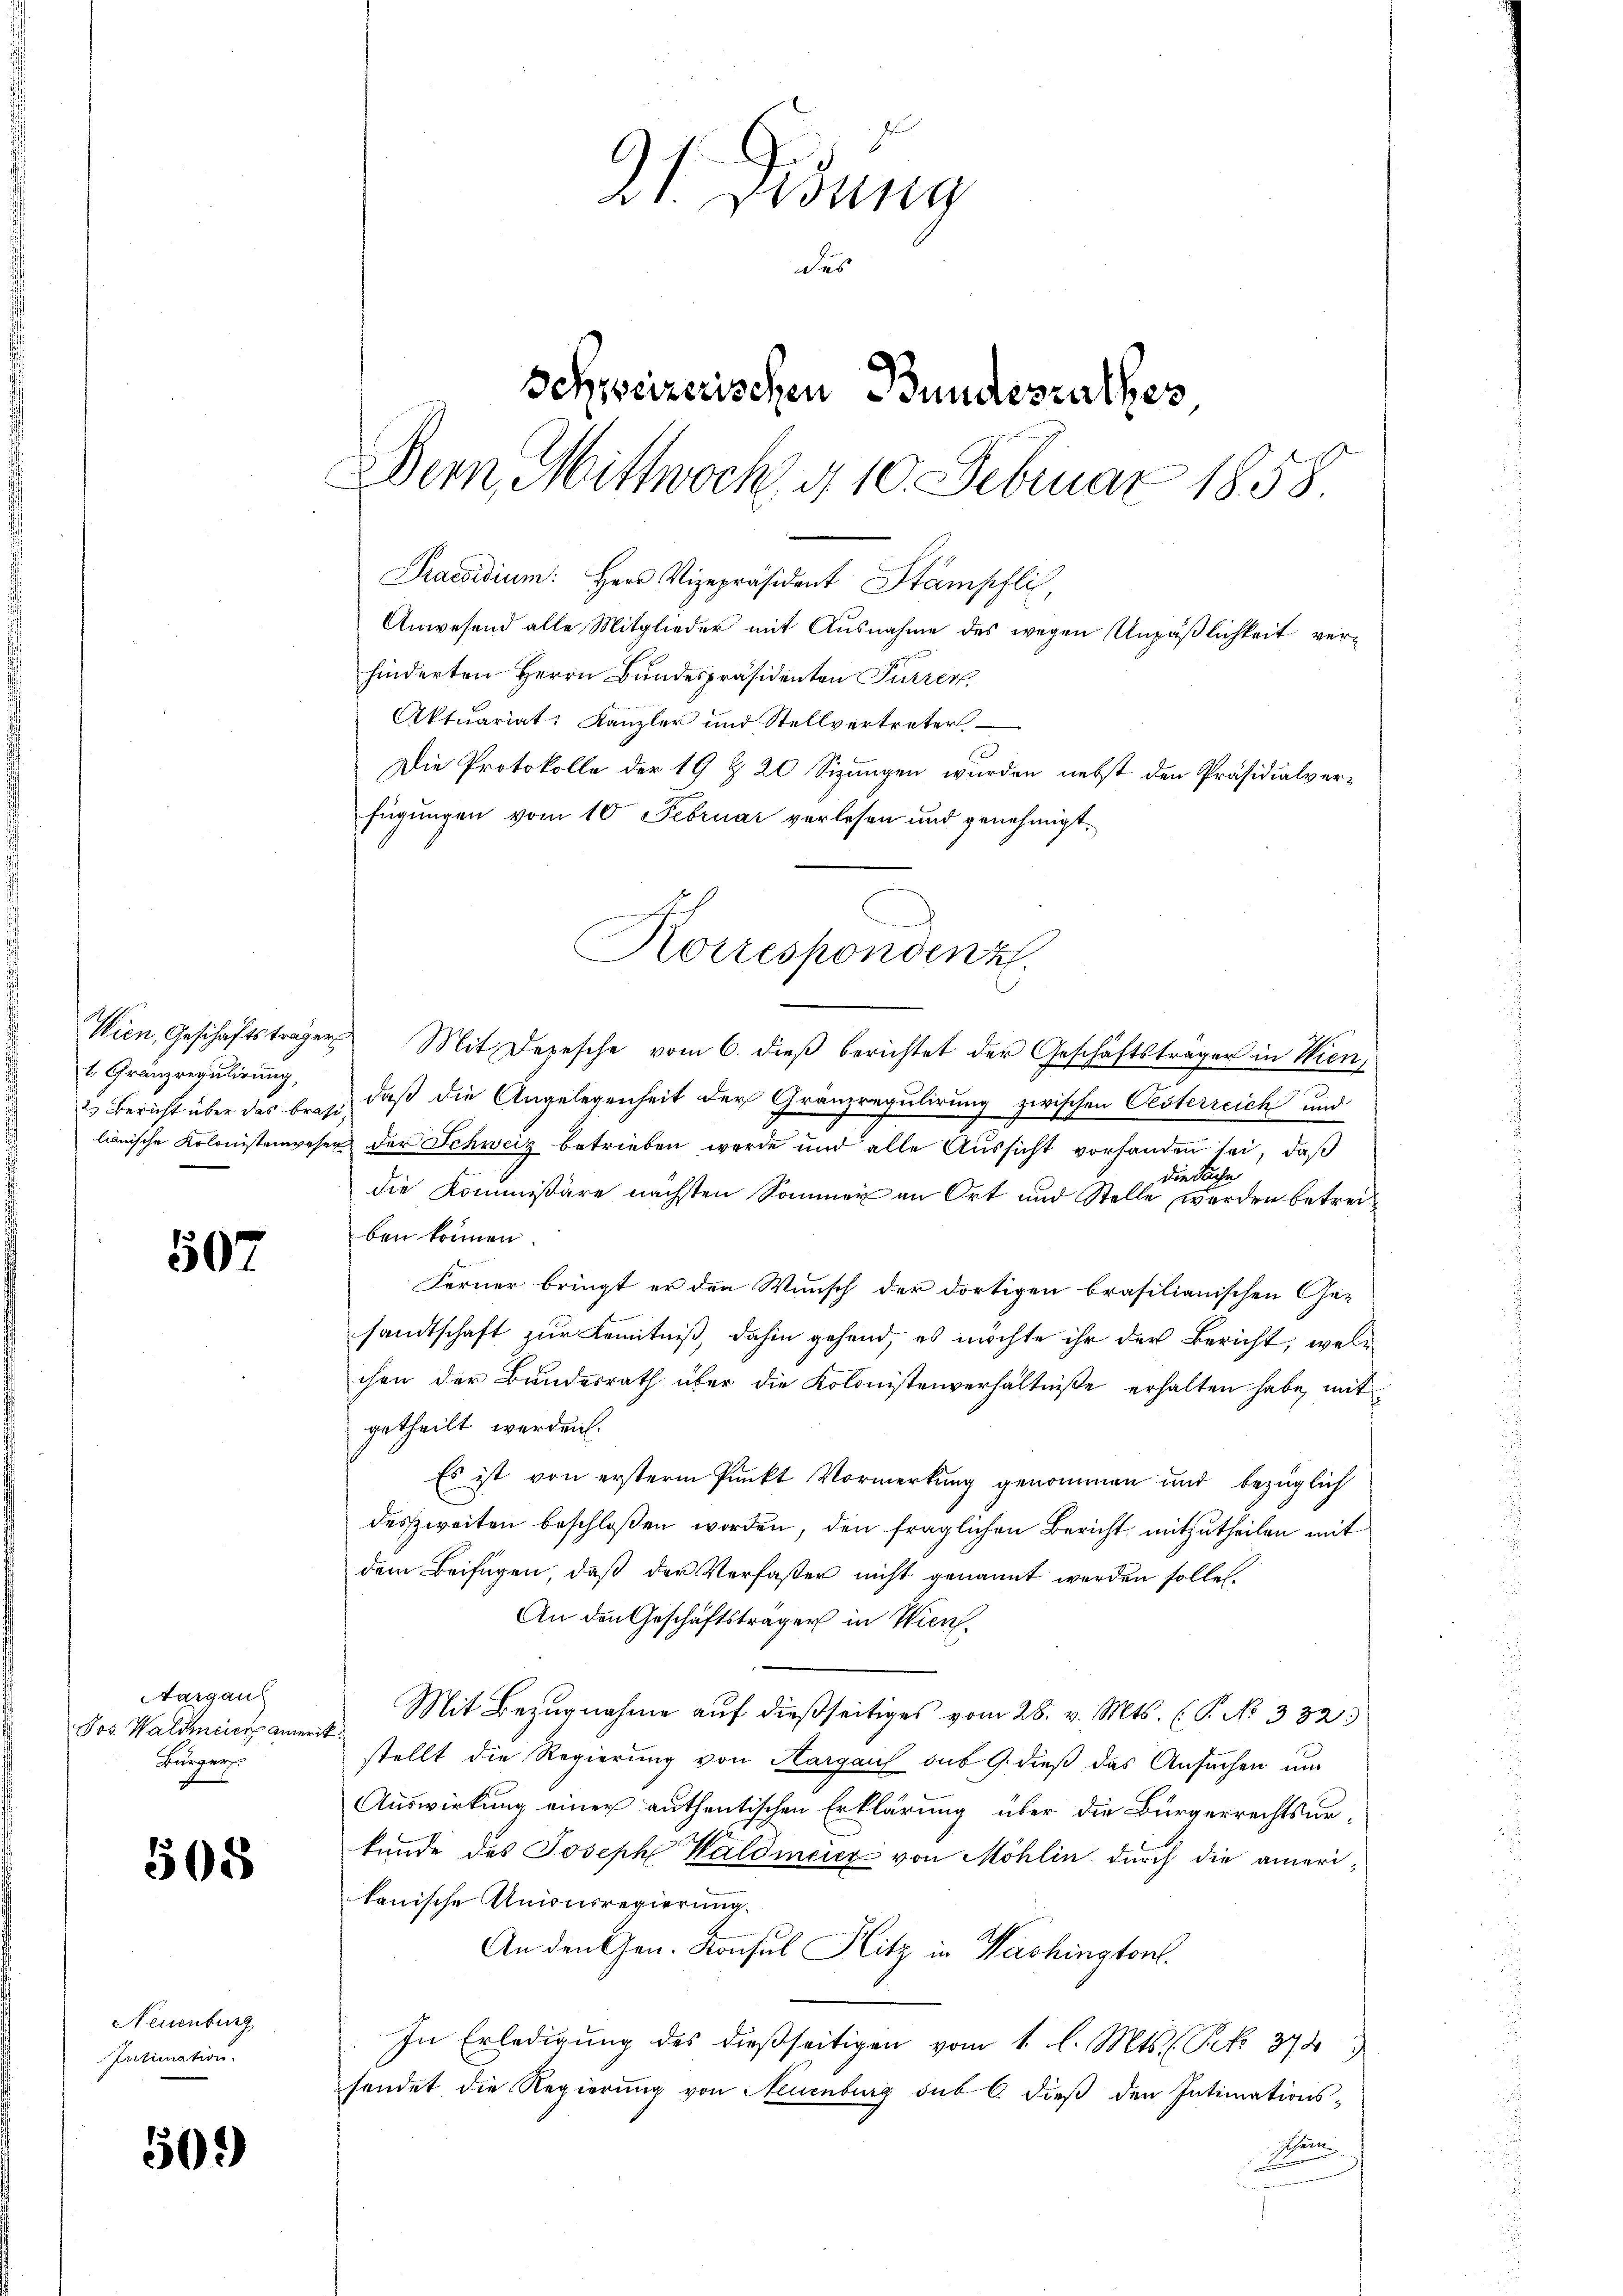
1. Gränzregulirung,

507

Aargau
Pos. Waldmeier amerit.
Bürger

505

Neuenburg
Intimation.

509)

21. Fidung
des
Schweizerischen Bundesrathes
Dern, Mittwoch g 10. Februar 1858.
Praesidium. Herr Vizepräsident Stämpfli,
Anwesend alle Mitglieder mit Ausnahme des wegen Unpäßlichkeit verhinderten Herrn Bundespräsidenten Furrer,
Aktuariat. Kanzler und Stellvertreter
Die Protokolle der 19 & 20 Sizungen wurden nebst den Präsidialverfügungen vom 10. Februar verlesen und genehmigt.

Korrespondenz

Wien, Geschäftsträgers Mit Depesche vom 6. dieß berichtet der Geschäftsträger in Wien¬
2) Bericht über das braß, daß die Angelegenheit der Gränzregulirung zwischen Oesterreich und
lianische Kolonistenwesen der Schweiz betrieben werde und alle Aussicht vorhanden sei, daß
 die Sache
die Kommissäre nächsten Sommer an Ort und Stelle werden betreiben können.
Ferner bringt er den Wunsch der dortigen brasilianischen Gesandtschaft zur Kenntniß, dahin gehend, es möchte ihr der Bericht, welchen der Bundesrath über die Kolonistenverhältniße erhalten habe, mit
getheilt werden.
Es ist von ersterm Punkt Vormerkung genommen und bezüglich
deszweiten beschloßen worden, den fraglichen Bericht mitzutheilen mit
dem Beifügen, daß der Verfasser nicht genannt werden solle.
An den Geschäftsträger in Wien.
Mit Bezugnahme auf dießseitiges vom 28. v. Mts. (T. No 332.
stellt die Regierung von Aargau sub 9. dieß das Ansuchen um
Auswirkung einer authentischen Erklärung über die Bürgerrechtsurkunde des Joseph Waldmeier von Möhlin durch die ameritanische Anionsregierung.
An den Gen. Konsul Hitz in Washington.
In Erledigung des dießseitigen vom 1. l. Mts. (Pk 372
sendet die Regierung von Neuenburg sub 6. dieß den Intimations-
schein
.